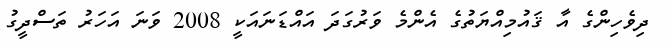
ދިވެހިންގެ އާ ޤައުމިއްޔަތުގެ އެންމެ ވަރުގަދަ އައްޑަނައަކީ 2008 ވަނަ އަހަރު ތަސްދީގު